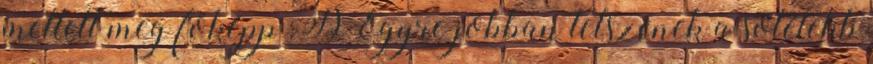
mellett meg főképp :D Egyre jobban tetszenek a sötétebb